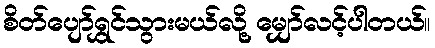
စိတ်ပျော်ရွှင်သွားမယ်လို့ မျှော်လင့်ပါတယ်။